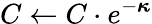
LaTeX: C\gets C\cdot e^{-{\boldsymbol{\kappa}}}